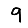
Digit: 9